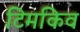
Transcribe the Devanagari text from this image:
टिमकिव